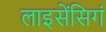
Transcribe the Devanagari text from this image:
लाइसेंसिगं